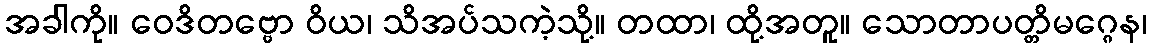
အခါကို။ ဝေဒိတဗ္ဗော ဝိယ၊ သိအပ်သကဲ့သို့။ တထာ၊ ထို့အတူ။ သောတာပတ္တိမဂ္ဂေန၊